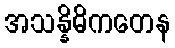
အသန္နိဓိကတေန